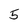
Character: 5